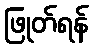
ဖြုတ်ရန်